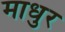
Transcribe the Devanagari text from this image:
माधुर